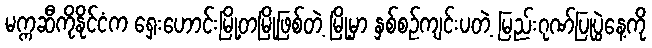
မက္ကဆီကိုနိုင်ငံက ရှေးဟောင်းမြို့တမြို့ဖြစ်တဲ့ မြို့မှာ နှစ်စဉ်ကျင်းပတဲ့ မြည်းဂုဏ်ပြုပွဲနေ့ကို